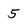
Character: 5